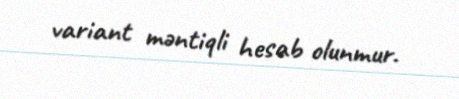
variant məntiqli hesab olunmur.